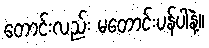
တောင်းလည်း မတောင်းပန်ပါနဲ့။